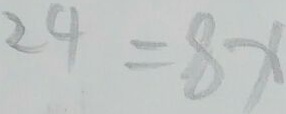
2 4 = 8 x